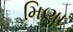
મિણા